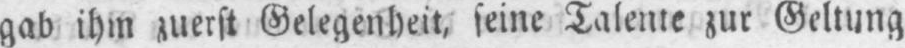
gab ihm zuerst Gelegenheit, seine Talente zur Geltung